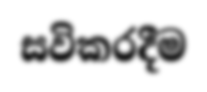
සවිකරදීම